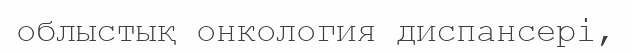
облыстық онкология диспансері,